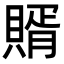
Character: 𧶳